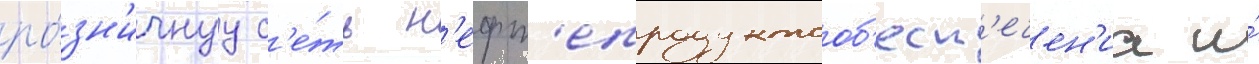
ро́зн'ичнуу с'е́ть н'ефт'епродуктооб'есп'ечен'иа и́